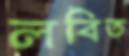
লবিত